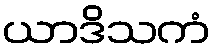
ယာဒိသကံ